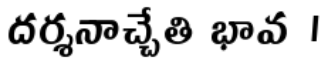
దర్శనాచ్చేతి భావ ।